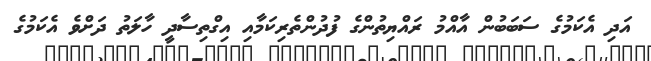
އަދި އެކަމުގެ ސަބަބުން އާއްމު ރައްޔިތުންގެ ފުދުންތެރިކަމާއި އިގްތިސާދީ ހާލަތު ދަށްވެ އެކަމުގެ